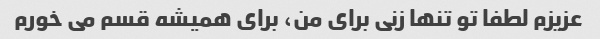
عزیزم لطفا تو تنها زنی برای من، برای همیشه قسم می خورم